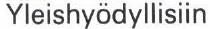
Yleishyödyllisiin